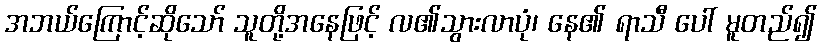
အဘယ်ကြောင့်ဆိုသော် သူတို့အနေဖြင့် လ၏သွားလာပုံ၊ နေ၏ ရာသီ ပေါ် မူတည်၍